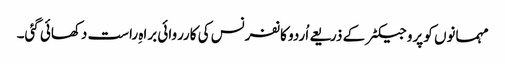
مہمانوں کو پروجیکٹر کے ذریعے اُردو کانفرنس کی کارروائی براہِ راست دکھائی گئی۔